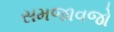
સમજાવજો